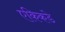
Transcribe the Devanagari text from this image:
एकिकडे